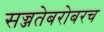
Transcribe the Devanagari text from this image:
सज्जतेबरोबरच